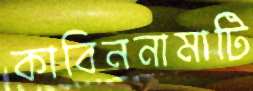
কাবিননামাটি